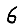
Digit: 6